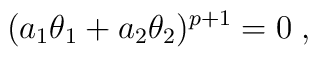
(a_{1}\theta_{1}+a_{2}\theta_{2})^{p+1}=0\; ,